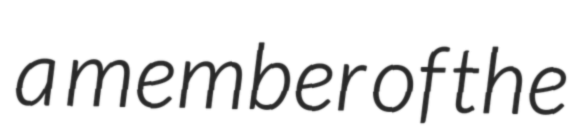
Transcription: a member of the